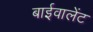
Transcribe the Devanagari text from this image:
बाईवालेंट